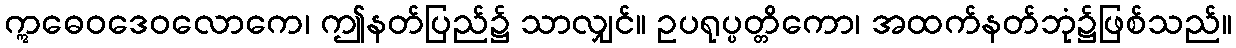
ဣဓေဝဒေဝလောကေ၊ ဤနတ်ပြည်၌ သာလျှင်။ ဥပရုပ္ပတ္တိကော၊ အထက်နတ်ဘုံ၌ဖြစ်သည်။